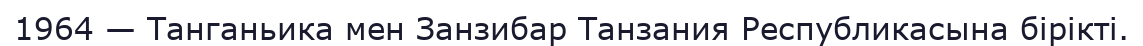
1964 — Танганьика мен Занзибар Танзания Республикасына бірікті.